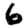
Digit: 6